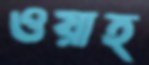
ওয়াহ্